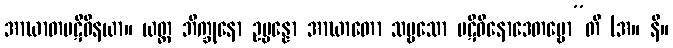
အာဃာတပဋိဝိနယာ။ ယတ္ထ ဘိက္ခုနော ဥပ္ပန္နော အာဃာတော သဗ္ဗသော ပဋိဝိနောဒေတဗ္ဗော”တိ (အ။ နိ။